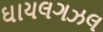
ઘાયલગઝલ